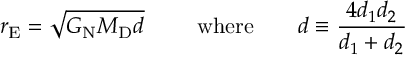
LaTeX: r _ { \mathrm { E } } = \sqrt { G _ { \mathrm { N } } M _ { \mathrm { D } } d } \mathrm { \qquad ~ w h e r e \qquad } d \equiv \frac { 4 d _ { 1 } d _ { 2 } } { d _ { 1 } + d _ { 2 } }